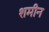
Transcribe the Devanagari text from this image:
शमीन